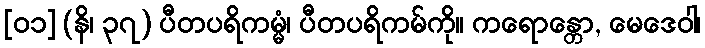
[၀၁] (နိ၊ ၃၇) ပီတပရိကမ္မံ၊ ပီတပရိကမ်ကို။ ကရောန္တော, မေဒေဝါ၊